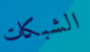
الشبكات